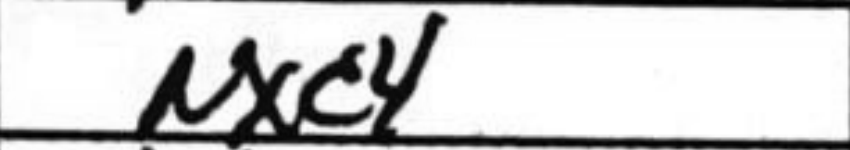
Transcription: Nxc4